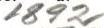
1892